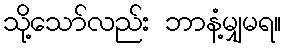
သို့သော်လည်း ဘာနံ့မျှမရ။